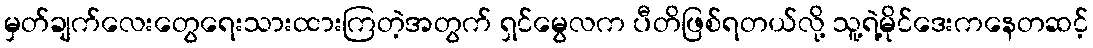
မှတ်ချက်လေးတွေရေးသားထားကြတဲ့အတွက် ရှင်မွေလက ပီတိဖြစ်ရတယ်လို့ သူ့ရဲ့မိုင်ဒေးကနေတဆင့်